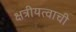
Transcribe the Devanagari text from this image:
क्षत्रीयत्वाची